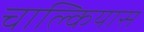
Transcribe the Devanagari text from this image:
चाल्कियास